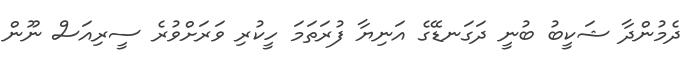
ދެމުންދާ ޝަކީބު ބުނީ ދަގަނޑޭގެ އަނިޔާ ފުރަތަމަ ހީކުރި ވަރަށްވުރެ ސީރިއަސް ނޫން